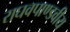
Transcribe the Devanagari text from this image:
राघवपाण्डवीय